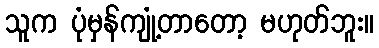
သူက ပုံမှန်ကျုံ့တာတော့ မဟုတ်ဘူး။